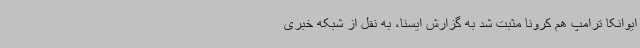
ایوانکا ترامپ هم کرونا مثبت شد به گزارش ایسنا، به نقل از شبکه خبری